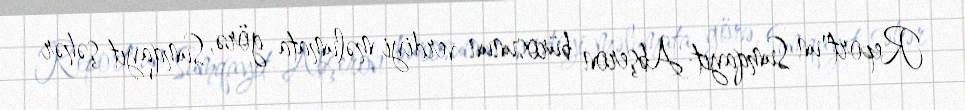
Report"un Sumqayıt-Abşeron bürosunun verdiyi məlumata görə, Sumqayıt şəhər